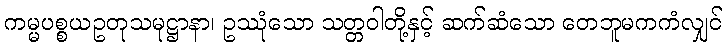
ကမ္မပစ္စယဥတုသမုဋ္ဌာနာ၊ ဥဿုံသော သတ္တဝါတို့နှင့် ဆက်ဆံသော တေဘူမကကံလျှင်